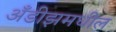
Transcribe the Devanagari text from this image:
अँडीझमधील